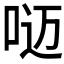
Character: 𰇥